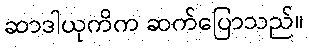
ဆာဒါယုကိက ဆက်ပြောသည်။